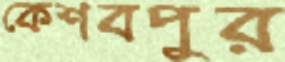
কেশবপুর